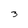
Character: 3